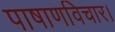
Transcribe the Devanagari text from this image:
पाषाणविचार।